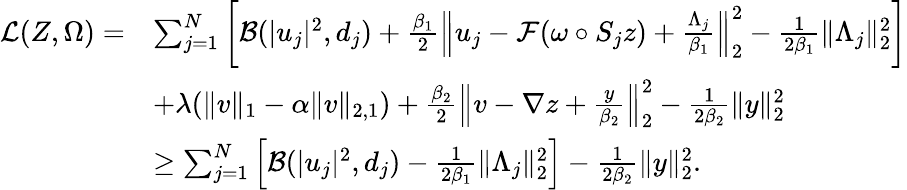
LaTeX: \begin{array}{rl}{\mathcal{L}(Z,\Omega)=}&{\sum_{j=1}^{N}\left[\mathcal{B}(|u_{j}|^{2},d_{j})+\frac{\beta_{1}}{2}\left\| u_{j}-\mathcal{F}(\omega\circ S_{j}z)+\frac{\Lambda_{j}}{\beta_{1}}\right\| _{2}^{2}-\frac{1}{2\beta_{1}}\| \Lambda_{j}\| _{2}^{2}\right]}\\ &{+\lambda(\| v\| _{1}-\alpha\| v\| _{2,1})+\frac{\beta_{2}}{2}\left\| v-\nabla z+\frac{y}{\beta_{2}}\right\| _{2}^{2}-\frac{1}{2\beta_{2}}\| y\| _{2}^{2}}\\ &{\geq\sum_{j=1}^{N}\left[\mathcal{B}(|u_{j}|^{2},d_{j})-\frac{1}{2\beta_{1}}\| \Lambda_{j}\| _{2}^{2}\right]-\frac{1}{2\beta_{2}}\| y\| _{2}^{2}.}\end{array}